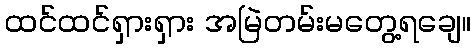
ထင်ထင်ရှားရှား အမြဲတမ်းမတွေ့ရချေ။